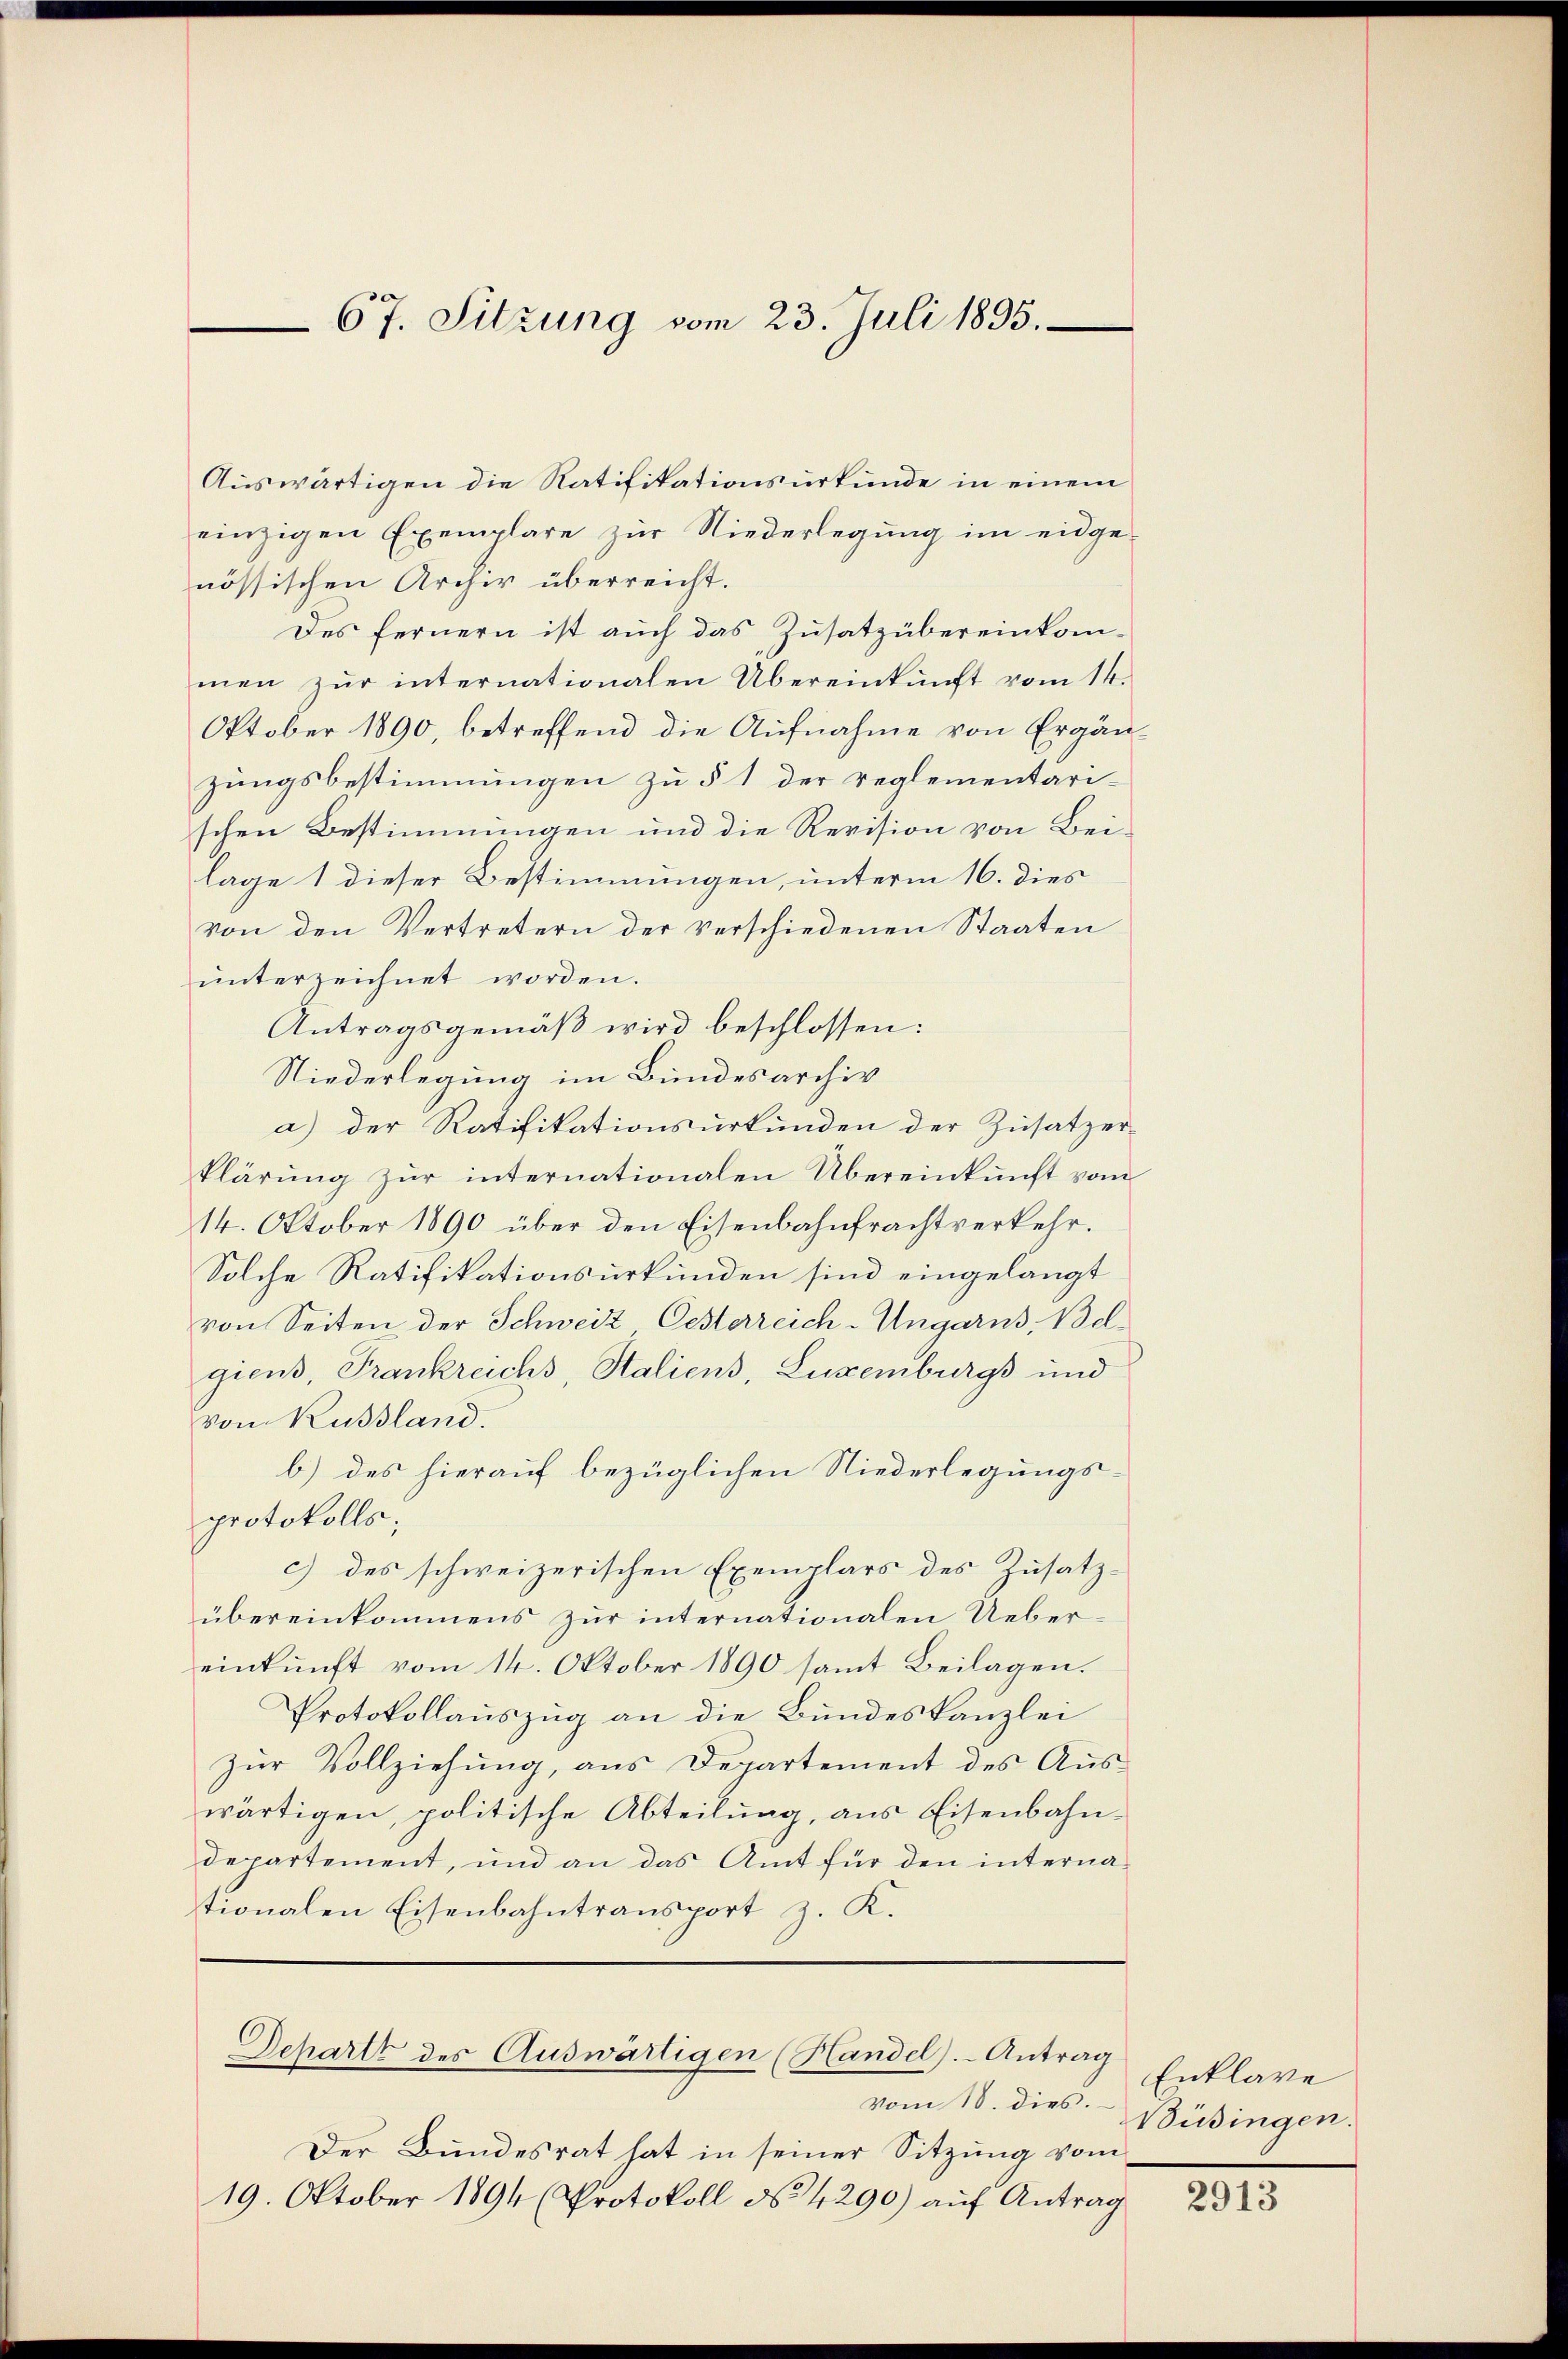
67. Sitzung vom 23. Juli 1895.

Auswärtigen die Ratifikationsurkunde in einem
einzigen Exemplare zur Niederlegung im eidge-
nössischen Archiv überreicht.
Des fernern ist auch das Zusatzübereinkommen zŭr internationalen Übereinkunft vom 14.
Oktober 1890, betreffend die Aufnahme von Ergän-
zungsbestimmungen zu § 1 der reglementarischen Bestimmungen und die Revision von Bei-
lage 1 dieser Bestimmungen, unterm 16. dies
von den Vertretern der verschiedenen Staaten
unterzeichnet worden.
Antragsgemäß wird beschlossen:
Niederlegung im Bundesarchiv
a) der Ratifikationsurkunden der Zusatzer-
klärung zur internationalen Übereinkunft vom
14. Oktober 1890 über den Eisenbahnfrachtverkehr.
Solche Ratifikationsurkunden sind eingelangt
von Seiten der Schweiz Oesterreich-Ungarns, Belgiens, Frankreichs, Staliens, Luxenburgs und
von Russland.
b) des hierauf bezüglichen Niederlegungs-
protokolls;
c) des schweizerischen Exemplars des Zusatzübereinkommens zur internationalen Uebereinkunft vom 14. Oktober 1890 samt Beilagen.
Protokollauszug an die Bundeskanzlei
zur Vollziehung, aus Departement des Auswärtigen, politische Abteilung, aus Eisenbahndepartement, und an das Amt für den internationalen Eisenbahntransport z. K.

Dchartt des Auswärtigen (Handel).- Antrag

vom 18. dies.
Der Bundesrat hat in seiner Sitzung vom
19. Oktober 1894 (Protokoll No 4290) aŭf Antrag

Enklare
Büsingen.

2913